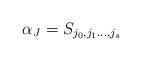
LaTeX: \begin{align*}\alpha_J=S_{j_0,j_1\dots, j_s}\end{align*}